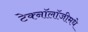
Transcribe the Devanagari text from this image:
टेक्नॉलॉजीमधे